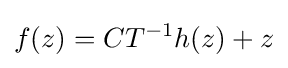
\displaystyle f(z)=CT^{-1}h(z)+z